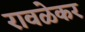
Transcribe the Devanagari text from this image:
रावळेकर